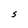
Character: S